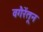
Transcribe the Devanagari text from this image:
वगैरेंतून